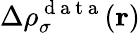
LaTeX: \Delta\rho_{\sigma}^{\mathrm{~d~a~t~a~}}(\boldsymbol{\textbf{r}})